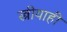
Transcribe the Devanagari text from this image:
स्त्रीयाही